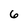
Character: 6